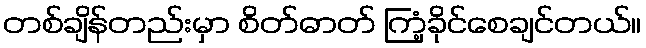
တစ်ချိန်တည်းမှာ စိတ်ဓာတ် ကြံ့ခိုင်စေချင်တယ်။